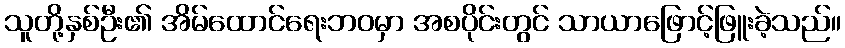
သူတို့နှစ်ဦး၏ အိမ်ထောင်ရေးဘဝမှာ အစပိုင်းတွင် သာယာဖြောင့်ဖြူးခဲ့သည်။